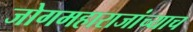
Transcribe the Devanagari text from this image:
जोगमहाराजांच्याच